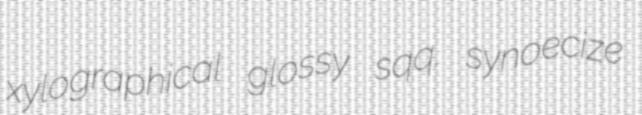
xylographical glossy sqq. synoecize